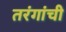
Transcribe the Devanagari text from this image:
तरंगांची